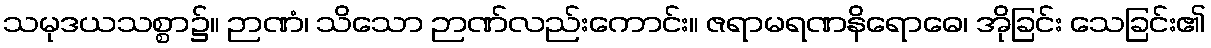
သမုဒယသစ္စာ၌။ ဉာဏံ၊ သိသော ဉာဏ်လည်းကောင်း။ ဇရာမရဏနိရောဓေ၊ အိုခြင်း သေခြင်း၏